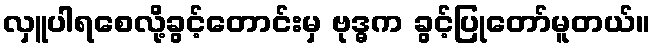
လှူပါရစေလို့ခွင့်တောင်းမှ ဗုဒ္ဓက ခွင့်ပြုတော်မူတယ်။